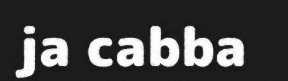
ja cabba